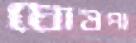
ঘোষপা